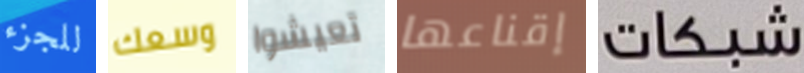
للجزء وسعك تعيشوا إقناعها شبكات